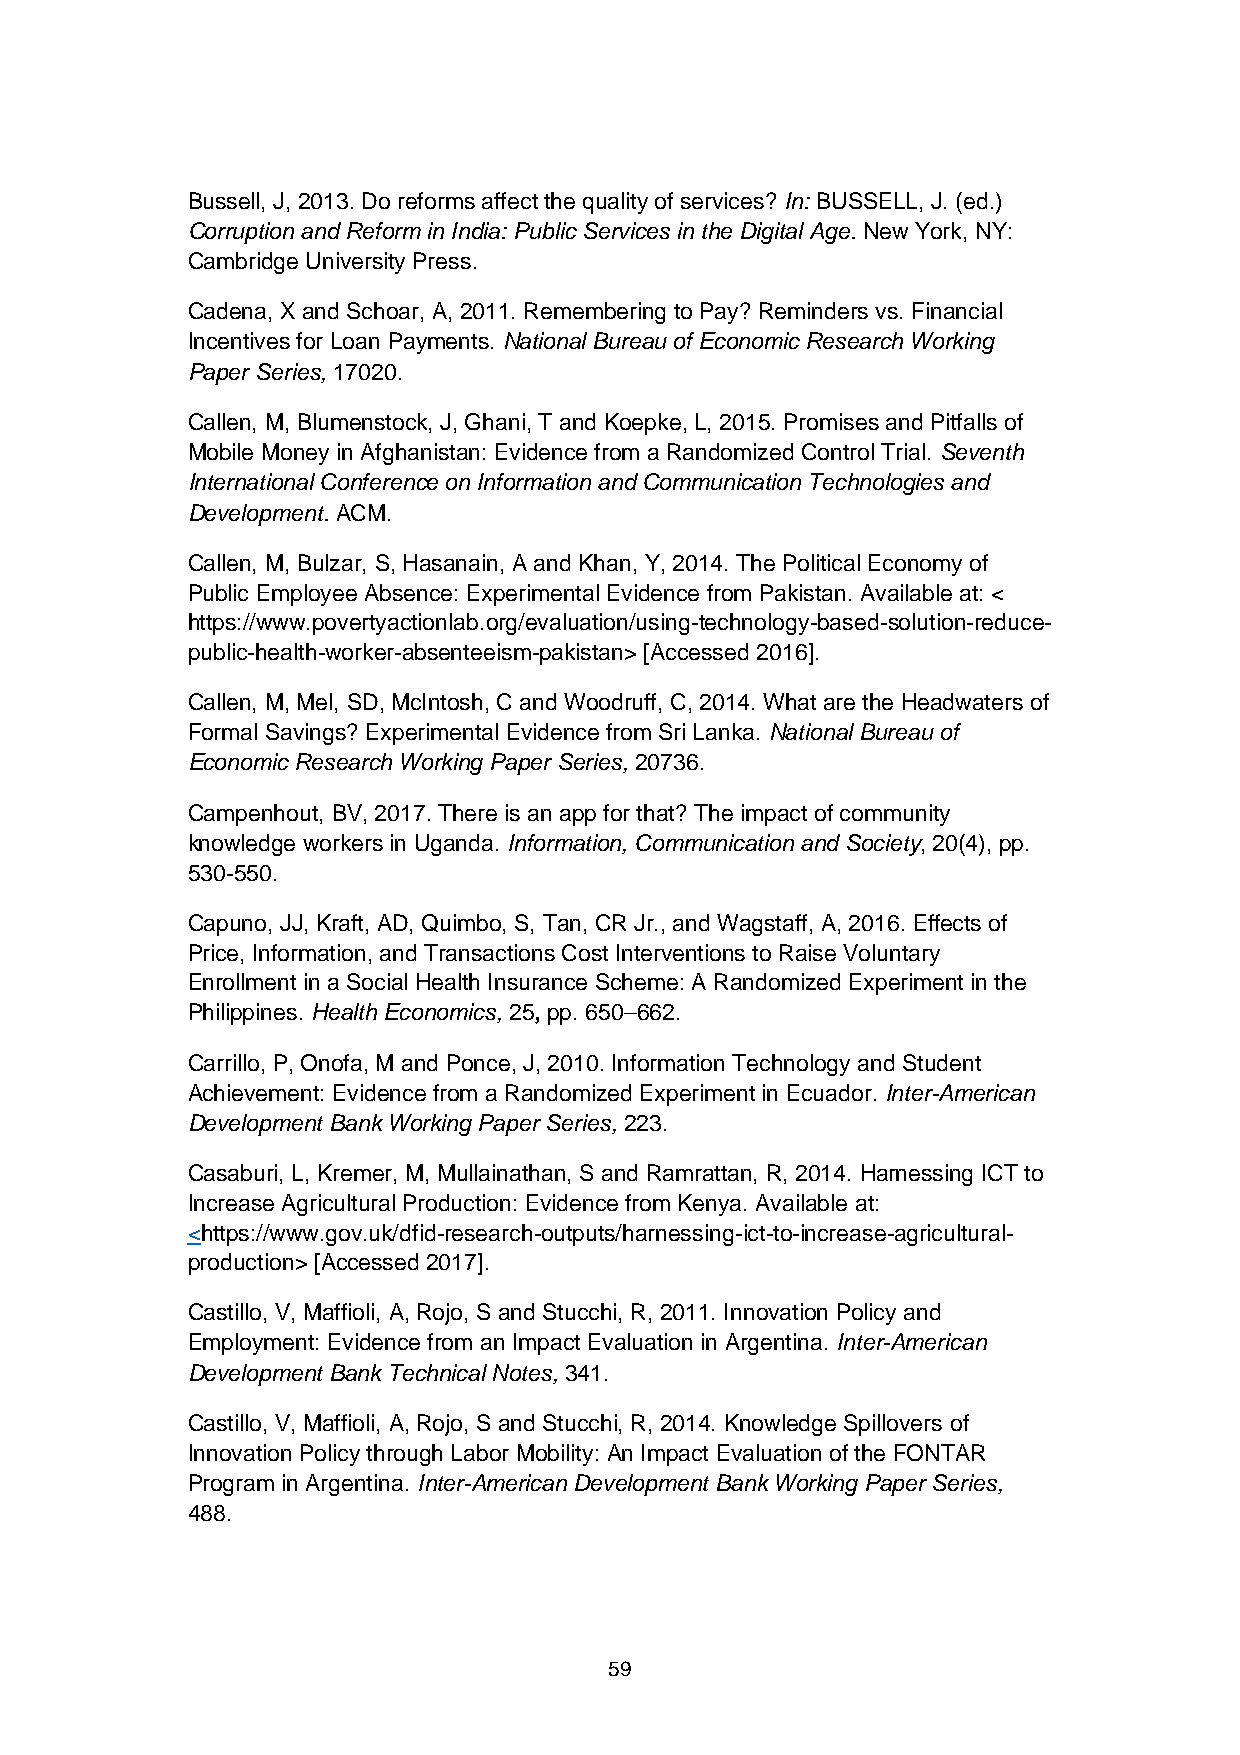
Bussell, J, 2013. Do reforms affect the quality of services? In: BUSSELL, J. (ed.)
 Corruption and Reform in India: Public Services in the Digital Age. New York, NY:
 Cambridge University Press.
 Cadena, X and Schoar, A, 2011. Remembering to Pay? Reminders vs. Financial
 Incentives for Loan Payments. National Bureau of Economic Research Working
 Paper Series, 17020.
 Callen, M, Blumenstock, J, Ghani, T and Koepke, L, 2015. Promises and Pitfalls of
 Mobile Money in Afghanistan: Evidence from a Randomized Control Trial. Seventh
 International Conference on Information and Communication Technologies and
 Development. ACM.
 Callen, M, Bulzar, S, Hasanain, A and Khan, Y, 2014. The Political Economy of
 Public Employee Absence: Experimental Evidence from Pakistan. Available at: <
 https://www.povertyactionlab.org/evaluation/using-technology-based-solution-reduce-
 public-health-worker-absenteeism-pakistan> [Accessed 2016].
 Callen, M, Mel, SD, McIntosh, C and Woodruff, C, 2014. What are the Headwaters of
 Formal Savings? Experimental Evidence from Sri Lanka. National Bureau of
 Economic Research Working Paper Series, 20736.
 Campenhout, BV, 2017. There is an app for that? The impact of community
 knowledge workers in Uganda. Information, Communication and Society, 20(4), pp.
 530-550.
 Capuno, JJ, Kraft, AD, Quimbo, S, Tan, CR Jr., and Wagstaff, A, 2016. Effects of
 Price, Information, and Transactions Cost Interventions to Raise Voluntary
 Enrollment in a Social Health Insurance Scheme: A Randomized Experiment in the
 Philippines. Health Economics, 25, pp. 650–662.
 Carrillo, P, Onofa, M and Ponce, J, 2010. Information Technology and Student
 Achievement: Evidence from a Randomized Experiment in Ecuador. Inter-American
 Development Bank Working Paper Series, 223.
 Casaburi, L, Kremer, M, Mullainathan, S and Ramrattan, R, 2014. Harnessing ICT to
 Increase Agricultural Production: Evidence from Kenya. Available at:
 <https://www.gov.uk/dfid-research-outputs/harnessing-ict-to-increase-agricultural-
 production> [Accessed 2017].
 Castillo, V, Maffioli, A, Rojo, S and Stucchi, R, 2011. Innovation Policy and
 Employment: Evidence from an Impact Evaluation in Argentina. Inter-American
 Development Bank Technical Notes, 341.
 Castillo, V, Maffioli, A, Rojo, S and Stucchi, R, 2014. Knowledge Spillovers of
 Innovation Policy through Labor Mobility: An Impact Evaluation of the FONTAR
 Program in Argentina. Inter-American Development Bank Working Paper Series,
 488.
 59